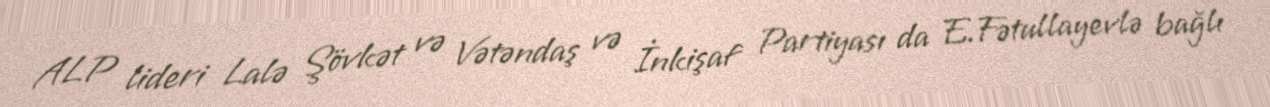
ALP lideri Lalə Şövkət və Vətəndaş və İnkişaf Partiyası da E.Fətullayevlə bağlı